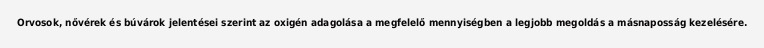
Orvosok, nővérek és búvárok jelentései szerint az oxigén adagolása a megfelelő mennyiségben a legjobb megoldás a másnaposság kezelésére.